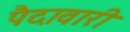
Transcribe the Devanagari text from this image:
पैदावारी